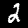
Label: 2